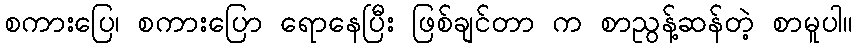
စကားပြေ၊ စကားပြော ရောနေပြီး ဖြစ်ချင်တာ က စာညွန့်ဆန်တဲ့ စာမူပါ။